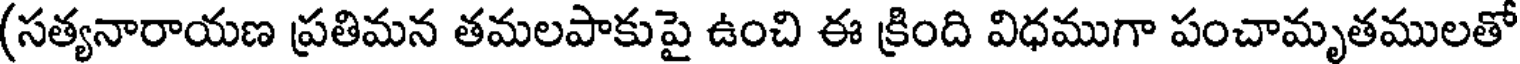
(సత్యనారాయణ ప్రతిమన తమలపాకుపై ఉంచి ఈ క్రింది విధముగా పంచామృతములతో